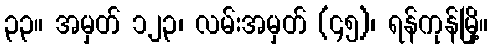
၃၃။ အမှတ် ၁၂၃၊ လမ်းအမှတ် (၄၅)၊ ရန်ကုန်မြို့။